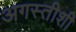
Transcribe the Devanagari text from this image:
अगस्तीशी